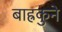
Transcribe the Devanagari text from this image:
बाह्रकुने